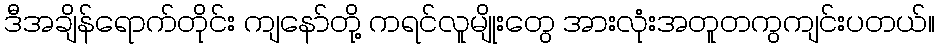
ဒီအချိန်ရောက်တိုင်း ကျနော်တို့ ကရင်လူမျိုးတွေ အားလုံးအတူတကွကျင်းပတယ်။